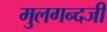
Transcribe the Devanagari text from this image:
मुलगन्दजी